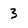
Character: 3